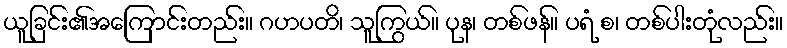
ယူခြင်း၏အကြောင်းတည်း။ ဂဟပတိ၊ သူကြွယ်။ ပုန၊ တစ်ဖန်။ ပရံ စ၊ တစ်ပါးတုံလည်း။